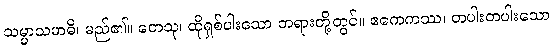
သမ္မာသမာဓိ၊ မည်၏။ တေသု၊ ထိုရှစ်ပါးသော တရားတို့တွင်။ ဧကေကဿ၊ တပါးတပါးသော